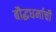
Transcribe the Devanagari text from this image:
बौद्धधर्माची